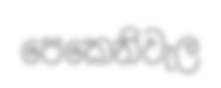
පෙකෙනිවැල